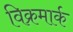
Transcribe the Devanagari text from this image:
विक्रमार्क